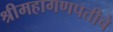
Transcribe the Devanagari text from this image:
श्रीमहागणपतीचे